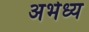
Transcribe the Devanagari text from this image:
अभेध्य